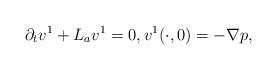
LaTeX: \begin{align*}\partial_tv^1+L_a v^1=0, v^1(\cdot,0)=-\nabla p,\end{align*}